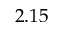
2 . 1 5